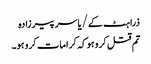
ذرا ہٹ کے/یاسر پیرزادہ
تم قتل کرو ہو کہ کرامات کرو ہو۔